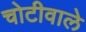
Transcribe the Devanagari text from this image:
चोटीवाले